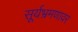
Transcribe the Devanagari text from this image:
सूर्यभ्रमणावर